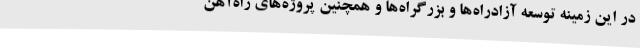
در این زمینه توسعه آزادراه‌ها و بزرگراه‌ها و همچنین پروژه‌های راه‌آهن